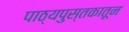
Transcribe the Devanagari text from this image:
पाठ्यपुस्तकातून